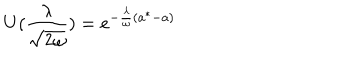
LaTeX: U ( \frac { \lambda } { \sqrt { 2 \omega } } ) = e ^ { - \frac { \lambda } { \omega } ( a ^ { * } - a ) }